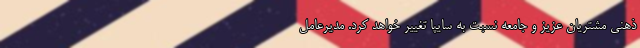
ذهنی مشتریان عزیز و جامعه نسبت به سایپا تغییر خواهد کرد. مدیرعامل